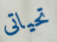
تحياتى